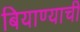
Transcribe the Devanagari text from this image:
बियाण्याची